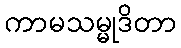
ကာမသမ္မုဒိတာ